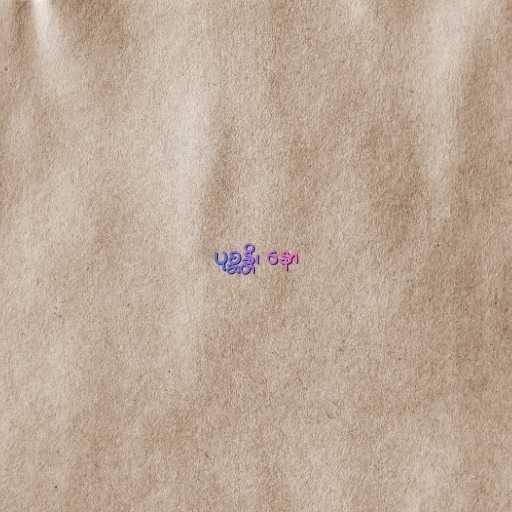
ပုစ္ဆန္တိ၊ နော